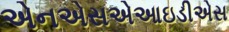
એનએસએઆઇડીએસ